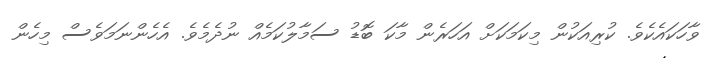
ވާހަކައެކެވެ. ކުރިއަކުން މިކަމަކަށް އަހަރެން މާކަ ބޮޑު ސަމާލުކަމެއް ނުދެމެވެ. އެހެންނަމަވެސް މިހެން